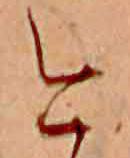
今